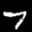
Label: 7